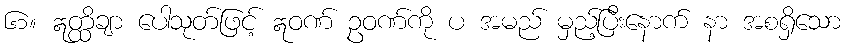
၆၁။ ဣတ္ထိချာ ပေါသုတ်ဖြင့် ဣဝဏ် ဥဝဏ်ကို ပ အမည် မှည့်ပြီးနောက် နာ အစရှိသော